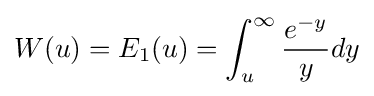
W(u)=E_{1}(u)=\int _{u}^{\infty }{e^{-y} \over y}dy